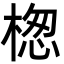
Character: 楤